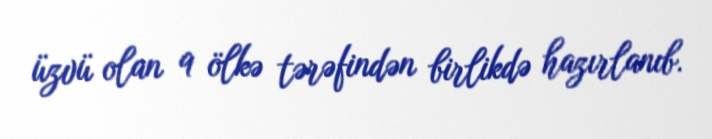
üzvü olan 9 ölkə tərəfindən birlikdə hazırlanıb.